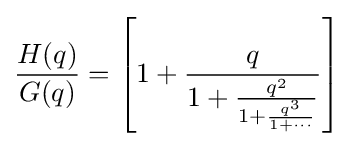
{\frac {H(q)}{G(q)}}=\left[1+{\frac {q}{1+{\frac {q^{2}}{1+{\frac {q^{3}}{1+\cdots }}}}}}\right]